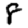
Digit: 8